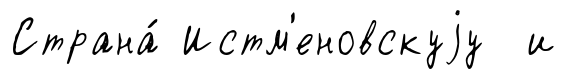
Страна́ Истм'еновскуjу и